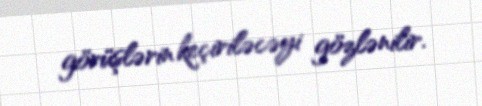
görüşlərin keçiriləcəyi gözlənilir.